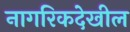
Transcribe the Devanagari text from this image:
नागरिकदेखील